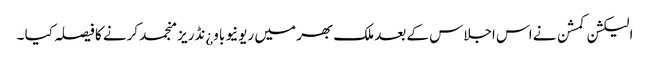
الیکشن کمشن نے اس اجلاس کے بعد ملک بھر میں ریونیو باو¿نڈریز منجمد کرنے کا فیصلہ کیا ۔